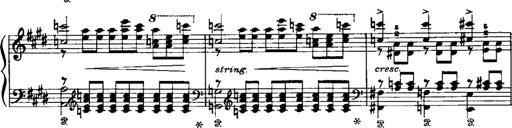
Title: LiebestrÃ¤ume
Composer: Franz Behr
Key: E-flat major